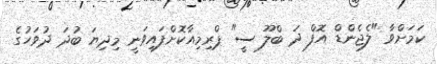
ކަމަށްވާ "ލެޖެންޑް އޮފް ދަ ބްލޫ ސީ" ޕްރިމިއާކޮށްފައިވަނީ މިދިޔަ ބުދަ ދުވަހުގެ